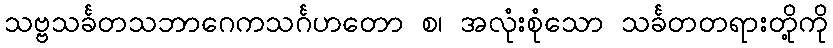
သဗ္ဗသင်္ခတသဘာဂေကသင်္ဂဟတော စ၊ အလုံးစုံသော သင်္ခတတရားတို့ကို